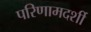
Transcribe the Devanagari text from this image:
परिणामदर्शी